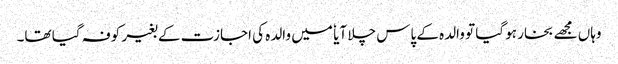
وہاں مجھے بخار ہو گیا تو والدہ کے پاس چلا آیا ٗ میں والدہ کی اجازت کے بغیر کوفہ گیا تھا۔